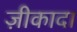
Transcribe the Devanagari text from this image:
ज़ीकादा